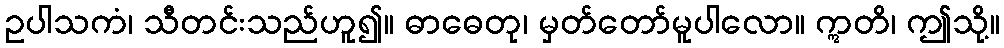
ဥပါသကံ၊ သီတင်းသည်ဟူ၍။ ဓာဓေတု၊ မှတ်တော်မူပါလော။ ဣတိ၊ ဤသို့။